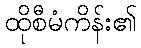
ထိုစီမံကိန်း၏